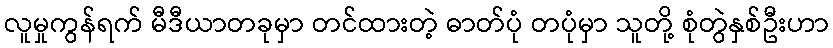
လူမှုကွန်ရက် မီဒီယာတခုမှာ တင်ထားတဲ့ ဓာတ်ပုံ တပုံမှာ သူတို့ စုံတွဲနှစ်ဦးဟာ